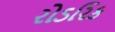
રોડરિક